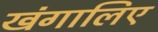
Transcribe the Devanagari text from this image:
खंगालिए